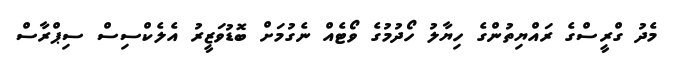
މެދު ގްރީސްގެ ރައްޔިތުންގެ ހިޔާލު ހޯދުމުގެ ވޯޓެއް ނެގުމަށް ބޮޑުވަޒީރު އެލެކްސިސް ސިޕްރާސް